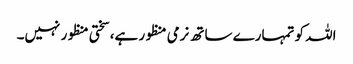
اللہ کو تمہارے ساتھ نرمی منظور ہے، سختی منظور نہیں۔